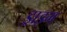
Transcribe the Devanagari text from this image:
ड्राइग